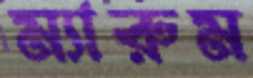
ম্যারুম